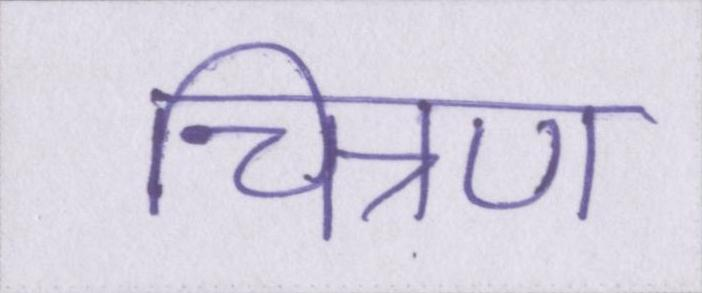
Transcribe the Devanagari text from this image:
चित्रण